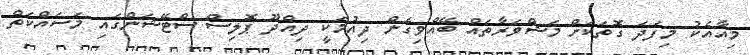
މިއާއެކު މިފަދަ ގޮތަކަށް މަޝްވަރާތައް ބޭއްވިގެން ދިއުމަކީ ދިއްދޫ ޕޮލިސް ސްޓޭޝަންގައި މަސައްކަތް